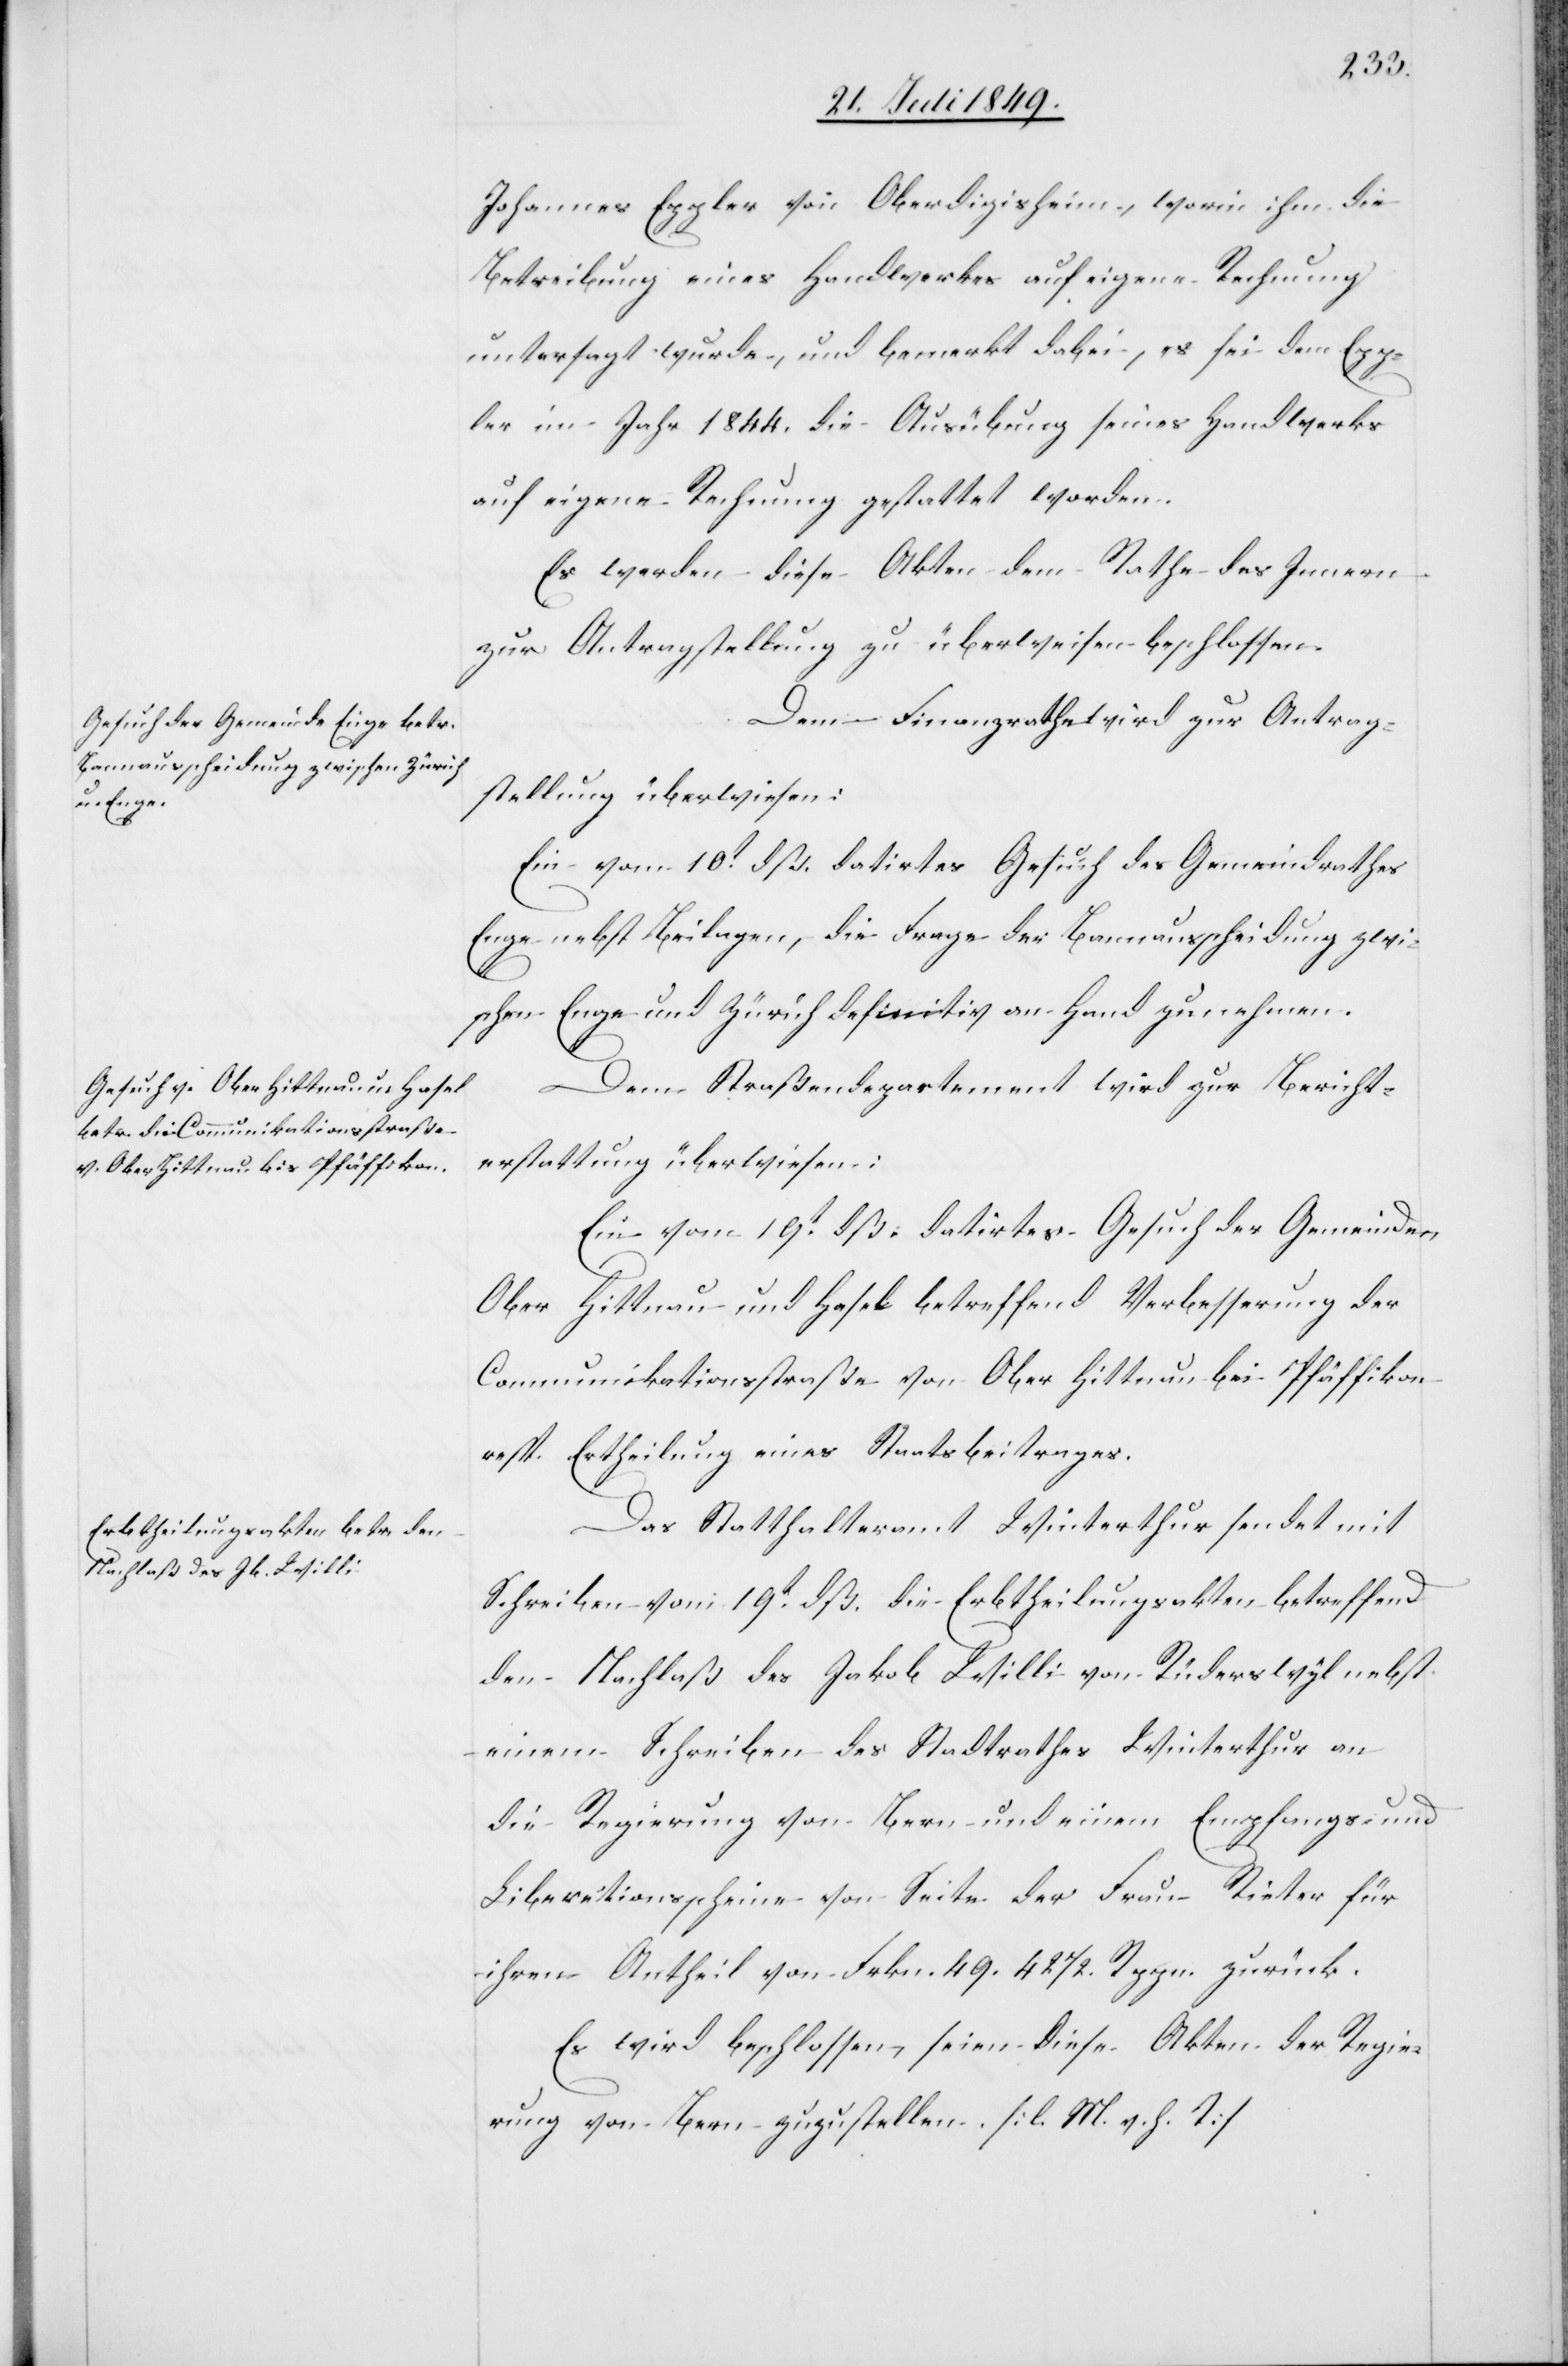
Johannes Eppler von Oberdigisheim, worin ihm die
Betreibung eines Handwerkes auf eigene Rechnung
untersagt wurde, und bemerkt dabei, es sei dem Epp¬
ler im Jahr 1844. die Ausübung seines Handwerks
auf eigene Rechnung gestattet worden.
Es werden diese Akten dem Rathe des Innern
zur Antragstellung zu überweisen beschlossen.
Dem Finanzrathe wird zur Antrag¬
stellung überwiesen:
Ein vom 10t dß. datirtes Gesuch des Gemeindrathes
Enge nebst Beilagen, die Frage der Bannausscheidung zwi¬
schen Enge und Zürich definitiv an Hand zu nehmen.
Dem Straßendepartement wird zur Bericht¬
erstattung überwiesen:
Ein vom 19t dß. datirtes Gesuch der Gemeinden
Ober Hittnau und Hasel betreffend Verbesserung der
Communikationsstraße von Ober Hittnau bei Pfäffikon
resp. Ertheilung eines Staatsbeitrages.
Das Statthalteramt Winterthur sendet mit
Schreiben vom 19t dß. die Erbtheilungsakten betreffend
den Nachlaß des Jakob Willi von Rüderswyl nebst
einem Schreiben des Stadtrathes Winterthur an
die Regierung von Bern und einem Empfange und
Liberetionsscheine von Seite der Frau Rieter für
ihren Antheil von Frkn. 49. 421/2 Rppn. zurück.
Es wird beschlossen, seien diese Akten der Regie¬
rung von Bern zuzustellen. [l. M. v. h. T]